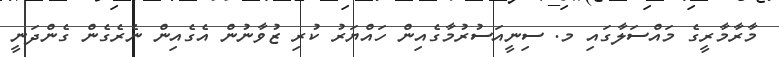
މާރާމާރީގެ މައްސަލާގައި މ. ސިނީއަސުރުމާގެއިން ހައްޔަރު ކުރި ޒުވާނުން އެގެއިން ނެރެގެން ގެންދަނީ